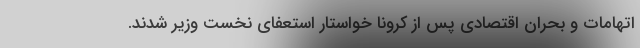
اتهامات و بحران اقتصادی پس از کرونا خواستار استعفای نخست وزیر شدند.